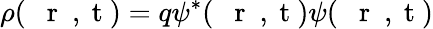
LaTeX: \rho(\mathrm{~{~\mathbf~r~}~,~t~})=q\psi^{*}(\mathrm{~{~\mathbf~r~}~,~t~})\psi(\mathrm{~{~\mathbf~r~}~,~t~})